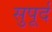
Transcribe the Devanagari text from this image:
सुुपूर्द